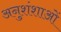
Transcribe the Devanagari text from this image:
अनुशंशाओं